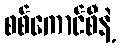
စစ်ကောင်စီနဲ့